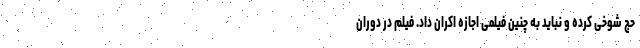
حج شوخی کرده و نباید به چنین فیلمی اجازه اکران داد. فیلم در دوران